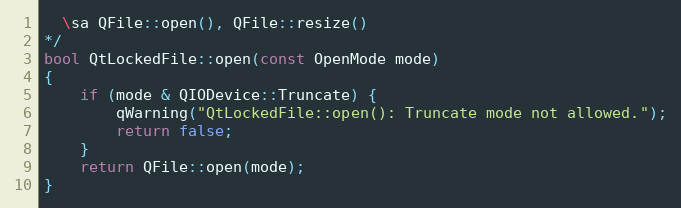
Language: C++
  \sa QFile::open(), QFile::resize()
*/
bool QtLockedFile::open(const OpenMode mode)
{
    if (mode & QIODevice::Truncate) {
        qWarning("QtLockedFile::open(): Truncate mode not allowed.");
        return false;
    }
    return QFile::open(mode);
}